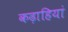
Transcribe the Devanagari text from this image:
कढ़ाहियां